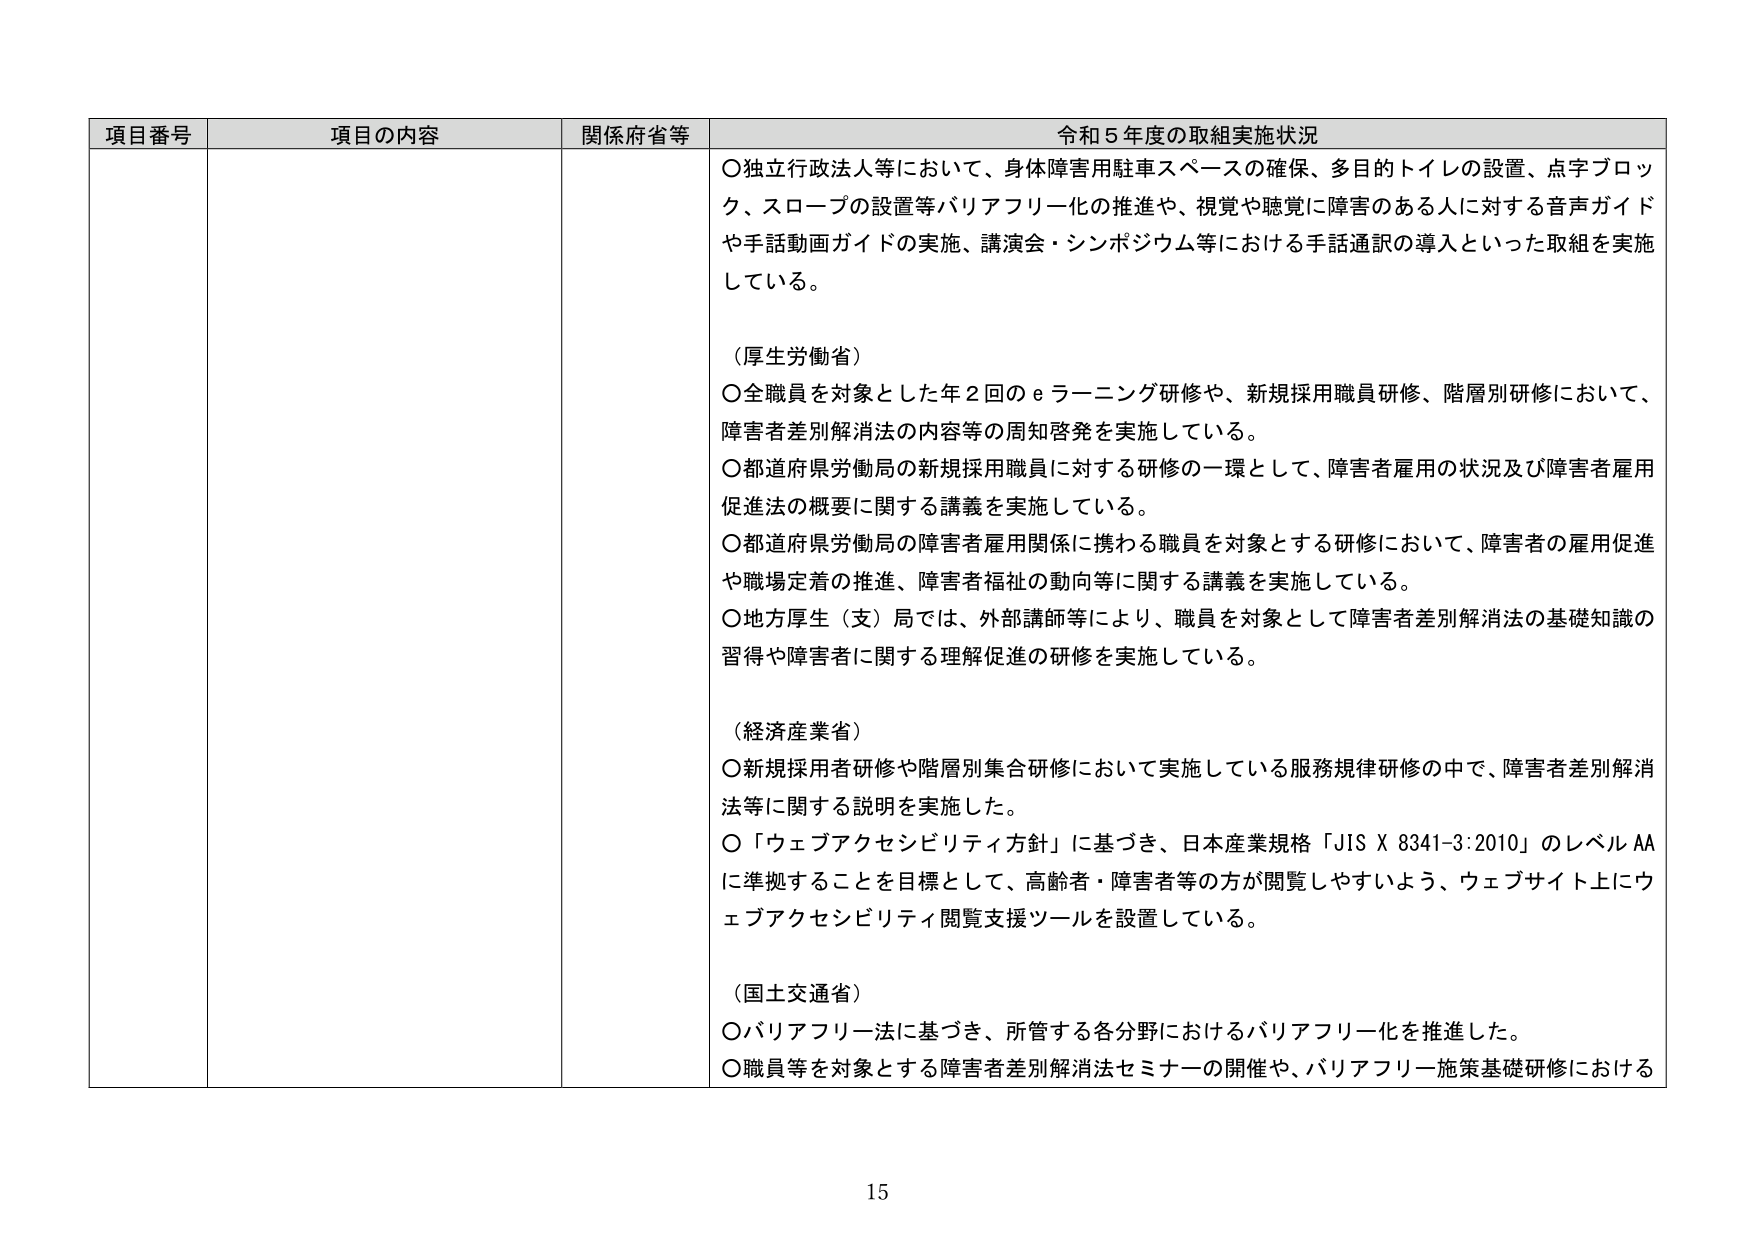
項目番号 項目の内容 関係府省等 令和５年度の取組実施状況
○独立行政法人等において、身体障害用駐車スペースの確保、多目的トイレの設置、点字ブロック、スロープの設置等バリアフリー化の推進や、視覚や聴覚に障害のある人に対する音声ガイドや手話動画ガイドの実施、講演会・シンポジウム等における手話通訳の導入といった取組を実施している。
（厚生労働省）
○全職員を対象とした年２回のｅラーニング研修や、新規採用職員研修、階層別研修において、障害者差別解消法の内容等の周知啓発を実施している。
○都道府県労働局の新規採用職員に対する研修の一環として、障害者雇用の状況及び障害者雇用促進法の概要に関する講義を実施している。
○都道府県労働局の障害者雇用関係に携わる職員を対象とする研修において、障害者の雇用促進や職場定着の推進、障害者福祉の動向等に関する講義を実施している。
○地方厚生（支）局では、外部講師等により、職員を対象として障害者差別解消法の基礎知識の習得や障害者に関する理解促進の研修を実施している。
（経済産業省）
○新規採用者研修や階層別集合研修において実施している服務規律研修の中で、障害者差別解消法等に関する説明を実施した。
○「ウェブアクセシビリティ方針」に基づき、日本産業規格「JIS X 8341-3:2010」のレベルAAに準拠することを目標として、高齢者・障害者等の方が閲覧しやすいよう、ウェブサイト上にウェブアクセシビリティ閲覧支援ツールを設置している。
（国土交通省）
○バリアフリー法に基づき、所管する各分野におけるバリアフリー化を推進した。
○職員等を対象とする障害者差別解消法セミナーの開催や、バリアフリー施策基礎研修における
15